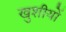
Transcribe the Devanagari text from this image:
खुशीयों